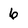
Character: 6